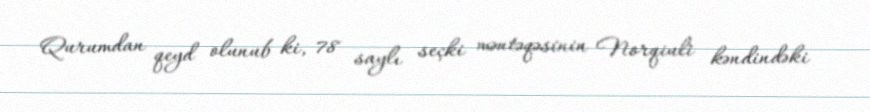
Qurumdan qeyd olunub ki, 78 saylı seçki məntəqəsinin Norqiuli kəndindəki